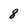
Character: 8